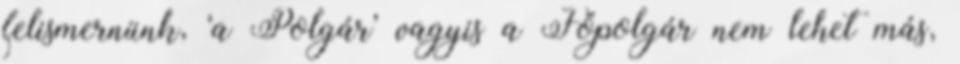
felismernünk, ‘a Polgár’ vagyis a Fő­polgár nem lehet más,